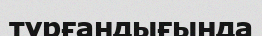
тұрғандығында